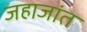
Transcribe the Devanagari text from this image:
जहाजांत